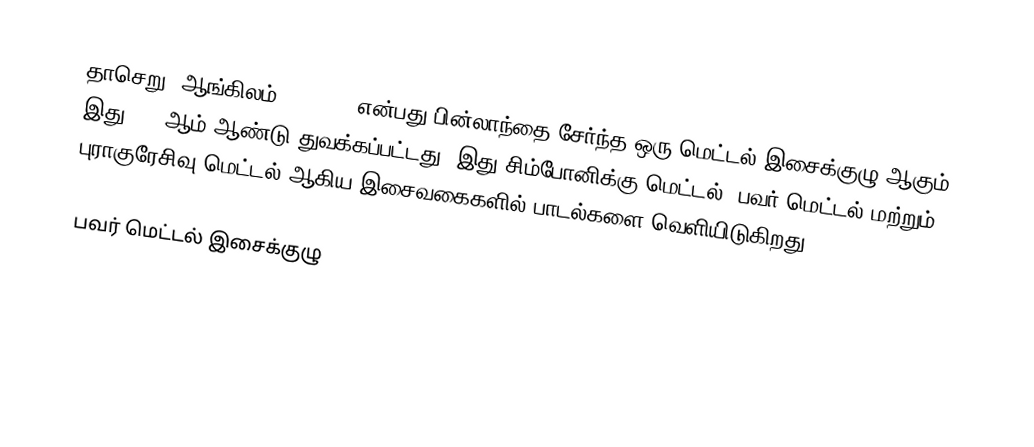
தாசெறு (ஆங்கிலம்: Tacere) என்பது பின்லாந்தை சேர்ந்த ஒரு மெட்டல் இசைக்குழு ஆகும். இது 2002ஆம் ஆண்டு துவக்கப்பட்டது. இது சிம்போனிக்கு மெட்டல், பவர் மெட்டல் மற்றும் புராகுரேசிவு மெட்டல் ஆகிய இசைவகைகளில் பாடல்களை வெளியிடுகிறது.

பவர் மெட்டல் இசைக்குழு